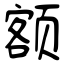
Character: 额